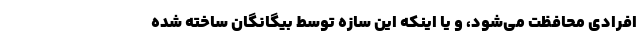
افرادی محافظت می‌شود، و یا اینکه این سازه توسط بیگانگان ساخته شده